Civil Veterinary Dept. Bombay admin report 1923-31 - 1923-1931
Year: 1923
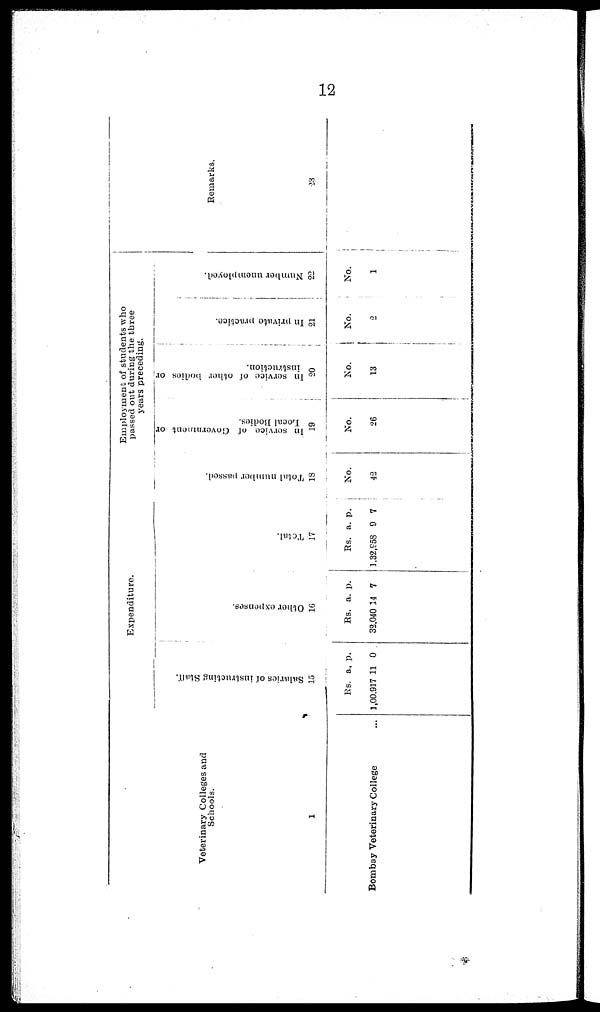
12
Veterinary Colleges and
Schools.
1
Bombay Veterinary College ...
Expenditure.
Sal ar i
es of i
ns t
r uct i
ng St af f .
15
Rs.
1,00,917
a.
11
p.
0
Ot her expenses,
16
Rs.
32,040
a.
14
p.
7
Tot al .
17
Rs.
1,32,958
a.
9
p.
7
Employment of studeents who
passed out during the three
years preceding.
Total number passed.
18
No.
42
In service of Government or
Local Bodies.
19
No.
26
In s e r v i c e of o t h e r bodi es or
i
ns t
r uct i
on.
20
No.
13
In private practice.
21
No.
2
Number unemployed.
22
No.
1
Remarks.
23